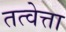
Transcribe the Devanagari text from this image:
तत्वेत्ता